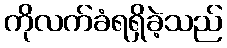
ကိုလက်ခံရရှိခဲ့သည်